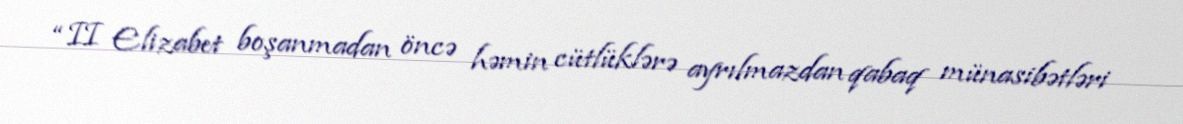
“II Elizabet boşanmadan öncə həmin cütlüklərə ayrılmazdan qabaq münasibətləri